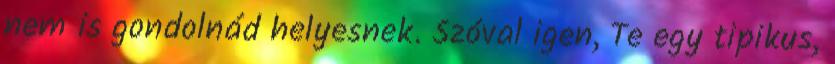
nem is gondolnád helyesnek. Szóval igen, Te egy tipikus,